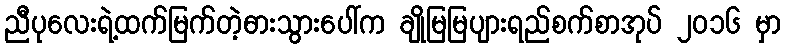
ညီပုလေးရဲ့ထက်မြက်တဲ့ဓားသွားပေါ်က ချိုမြမြပျားရည်စက်စာအုပ် ၂၀၁၆ မှာ